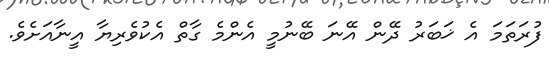
ފުރަތަމަ އެ ޚަބަރު ދޭން އޭނަ ބޭނުމީ އެންމެ ގާތް އެކުވެރިޔާ އީނާއަށެވެ.